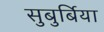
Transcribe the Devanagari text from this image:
सुबुर्बिया